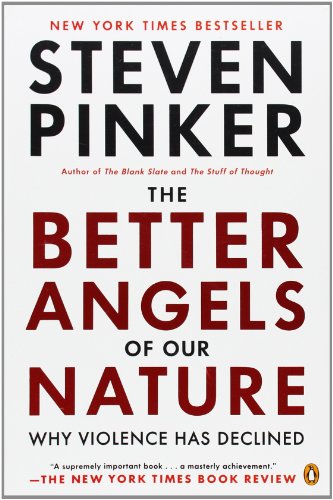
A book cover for The Better Angels of Our Nature: Why Violence Has Declined; Steven Pinker; Medical Books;